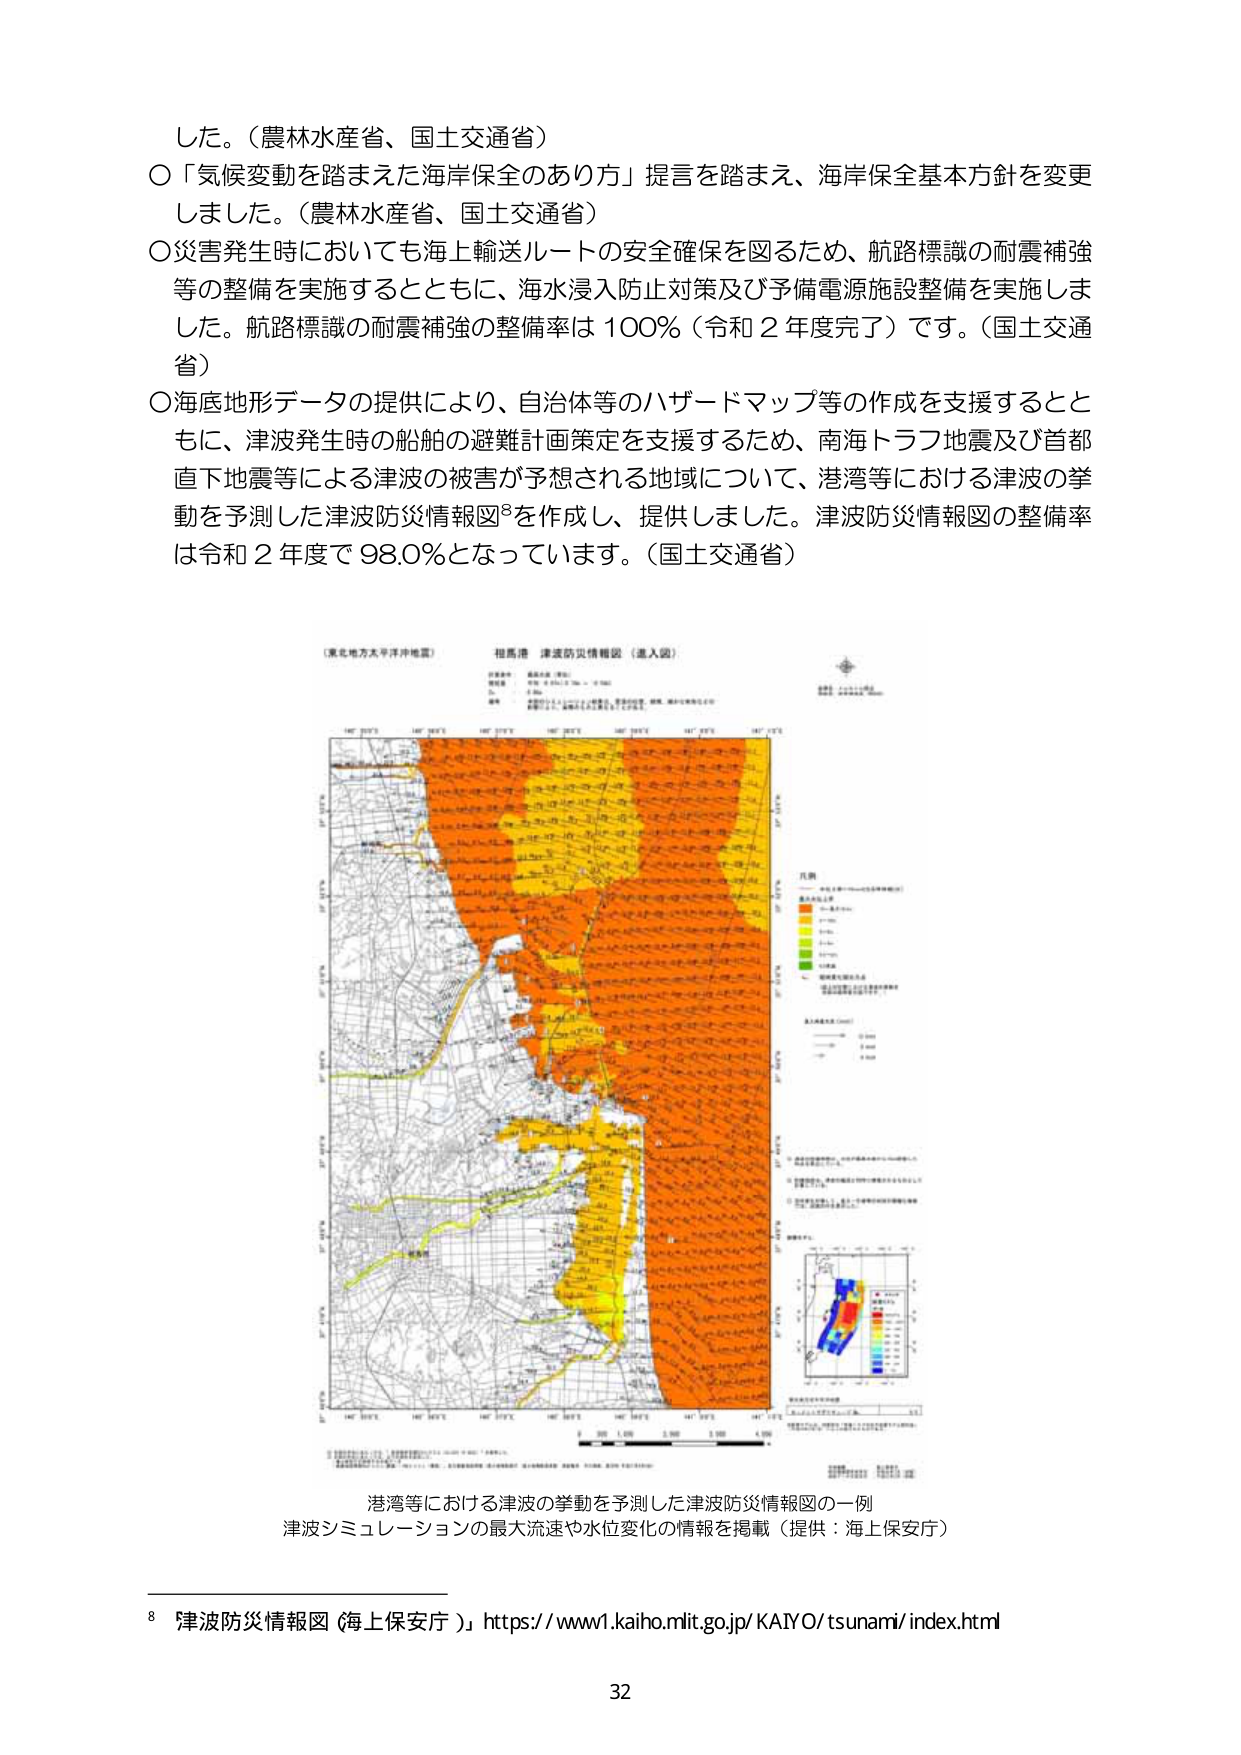
した。（農林水産省、国土交通省）
〇「気候変動を踏まえた海岸保全のあり方」提言を踏まえ、海岸保全基本方針を変更しました。（農林水産省、国土交通省）
〇災害発生時においても海上輸送ルートの安全確保を図るため、航路標識の耐震補強等の整備を実施するとともに、海水浸入防止対策及び予備電源施設整備を実施しました。航路標識の耐震補強の整備率は100％（令和２年度完了）です。（国土交通省）
〇海底地形データの提供により、自治体等のハザードマップ等の作成を支援するとともに、津波発生時の船舶の避難計画策定を支援するため、南海トラフ地震及び首都直下地震等による津波の被害が予想される地域について、港湾等における津波の挙動を予測した津波防災情報図⁸を作成し、提供しました。津波防災情報図の整備率は令和２年度で98.0％となっています。（国土交通省）

（東北地方太平洋沖地震）
相馬港 津波防災情報図（進入図）
対象地震： 南海トラフ地震（想定）
想定震源： 有明海～紀伊半島沖（Mw 8.8）
津波高さ： 1.0m～3.0m（最大3.0m）
備考： 本図は、津波の到達時間、最大水位、最大流速等を示す。
図中の数字は、津波の到達時間（分）を示す。

凡例
・津波の到達時間（分）
　赤：0～10
　橙：10～20
　黄：20～30
　緑：30～40
　青：40～50
　紫：50～60
・最大水位（m）
　赤：1.0～2.0
　橙：2.0～3.0
　黄：3.0～4.0
　緑：4.0～5.0
　青：5.0～6.0
　紫：6.0～7.0
・最大流速（m/s）
　赤：0.5～1.0
　橙：1.0～1.5
　黄：1.5～2.0
　緑：2.0～2.5
　青：2.5～3.0
　紫：3.0～3.5

※図中の数字は津波の到達時間（分）を示す。
※色の濃淡は、津波の到達時間、最大水位、最大流速を示す。
※本図は、津波シミュレーション結果をもとに作成。

港湾等における津波の挙動を予測した津波防災情報図の一例
津波シミュレーションの最大流速や水位変化の情報を掲載（提供：海上保安庁）

⁸「津波防災情報図（海上保安庁）」https://www1.kaiho.mlit.go.jp/KAIYO/tsunami/index.html

32